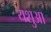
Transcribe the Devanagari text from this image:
यशुआ